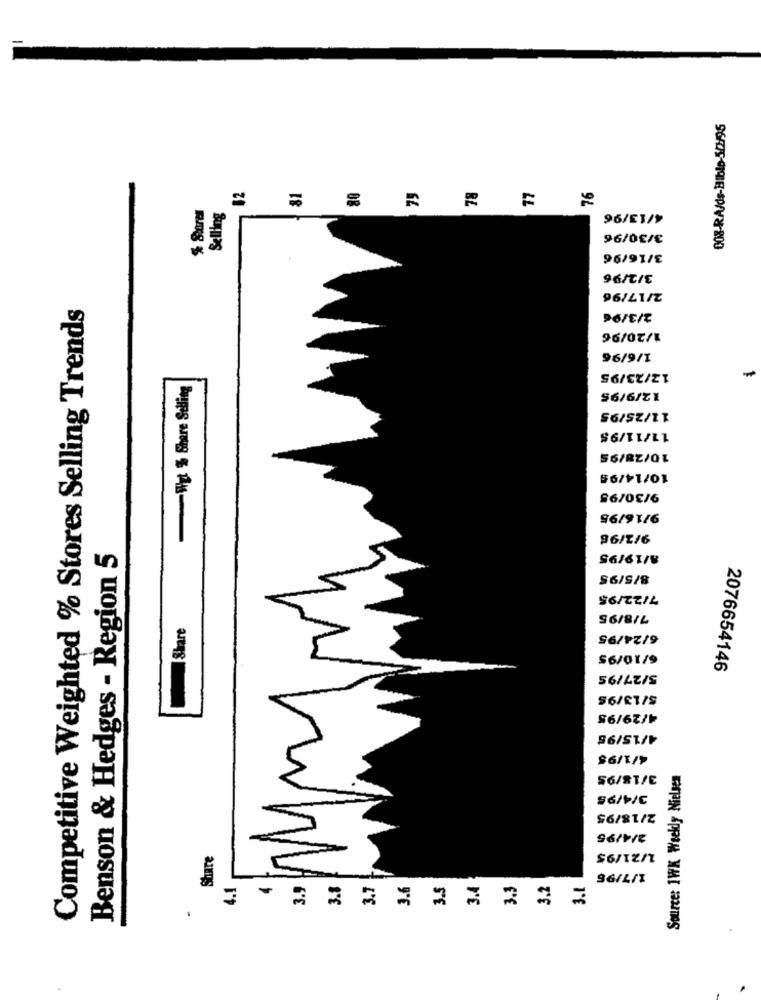
008-RA/ds-Bible-5/3/95
81
77
% Stores
Selling
96/EV/Y
96/0€/€
96/91/E
Competitive Weighted % Stores Selling Trends
2/3/96
96/9/1
12/23/95
Wyt $ Share Selling
12/9/95
11/25/95
11/11/95
10/14/98
86/08/6
9/16/95
96/2/6
Benson & Hedges - Region 5
8/19/95
8/5/95
7/22/95
Share
S6/8/L
6/24/95
$6/01/9
5/27/95
2076654146
$6/ET/S
4/29/95
Source: 1WK Weekly Nielsen
S6/ST/E
3/4/95
$6/81/2
Share
$6/12/1
3.7
3.5
3.4
3.3
3.2
3.1
S6/L/T
3.1